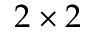
2 \times 2